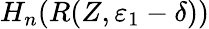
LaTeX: H_{n}(R(Z,\varepsilon_{1}-\delta))